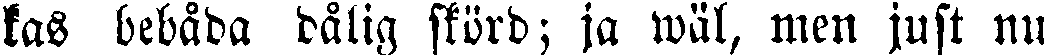
kas bebåda dålig skörd; ja wäl, men just nu